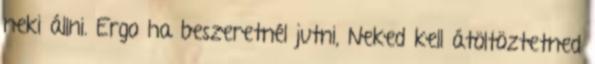
neki állni. Ergo ha beszeretnél jutni, Neked kell átöltöztetned